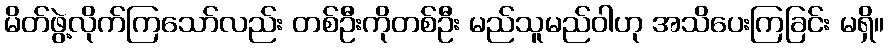
မိတ်ဖွဲ့လိုက်ကြသော်လည်း တစ်ဦးကိုတစ်ဦး မည်သူမည်ဝါဟု အသိပေးကြခြင်း မရှိ။